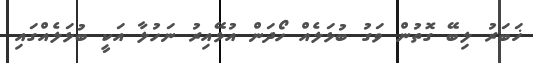
ޚަބަރު ލިބޭ ގޮތުން ވަގު ބުޅަލެއް ހޯދަން އުޅޭއިރު ނަހުލާ އަކީ ބުޅަލެއްގައި